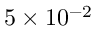
5 \times 1 0 ^ { - 2 }